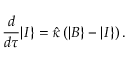
\frac { d } { d \tau } | I \} = \hat { \kappa } \left( | B \} - | I \} \right) .